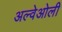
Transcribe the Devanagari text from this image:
अल्वेओली